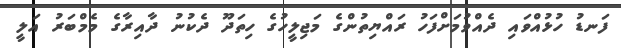
ފަނޑު ހުޅުއްވައި ދެއްވުމަށްފަހު ރައްޔިތުންގެ މަޖިލީހުގެ ހިތަދޫ ދެކުނު ދާއިރާގެ މެމްބަރު އަލީ